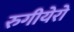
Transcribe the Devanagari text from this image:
रुगीयेरो